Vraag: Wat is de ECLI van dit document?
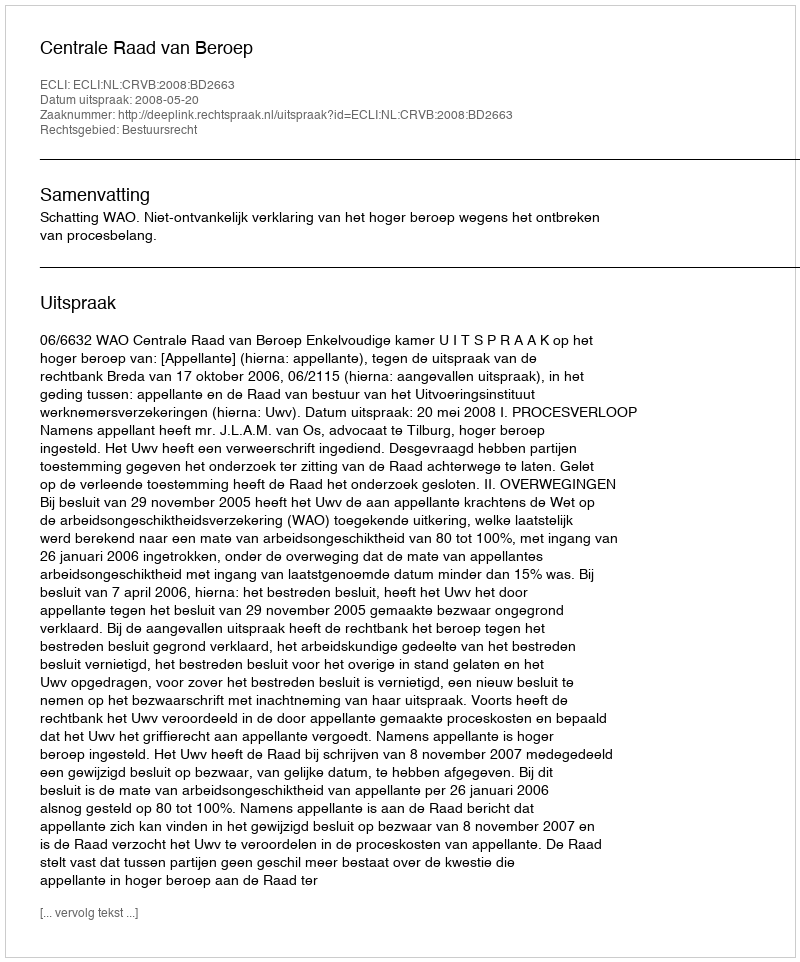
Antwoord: ECLI:NL:CRVB:2008:BD2663